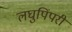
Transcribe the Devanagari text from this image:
लघुपिंपरी